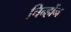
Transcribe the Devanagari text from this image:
चिन्होंन